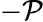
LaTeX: -{\cal P}